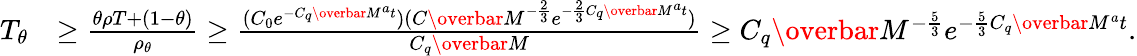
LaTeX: \begin{array}{rl}{T_{\theta}}&{\geq\frac{\theta\rho T+(1-\theta)}{\rho_{\theta}}\geq\frac{(C_{0}e^{-C_{q}\overbar{M}^{a}t})(C\overbar{M}^{-\frac{2}{3}}e^{-\frac{2}{3}C_{q}\overbar{M}^{a}t})}{C_{q}\overbar{M}}\geq C_{q}\overbar{M}^{-\frac{5}{3}}e^{-\frac{5}{3}C_{q}\overbar{M}^{a}t}.}\end{array}